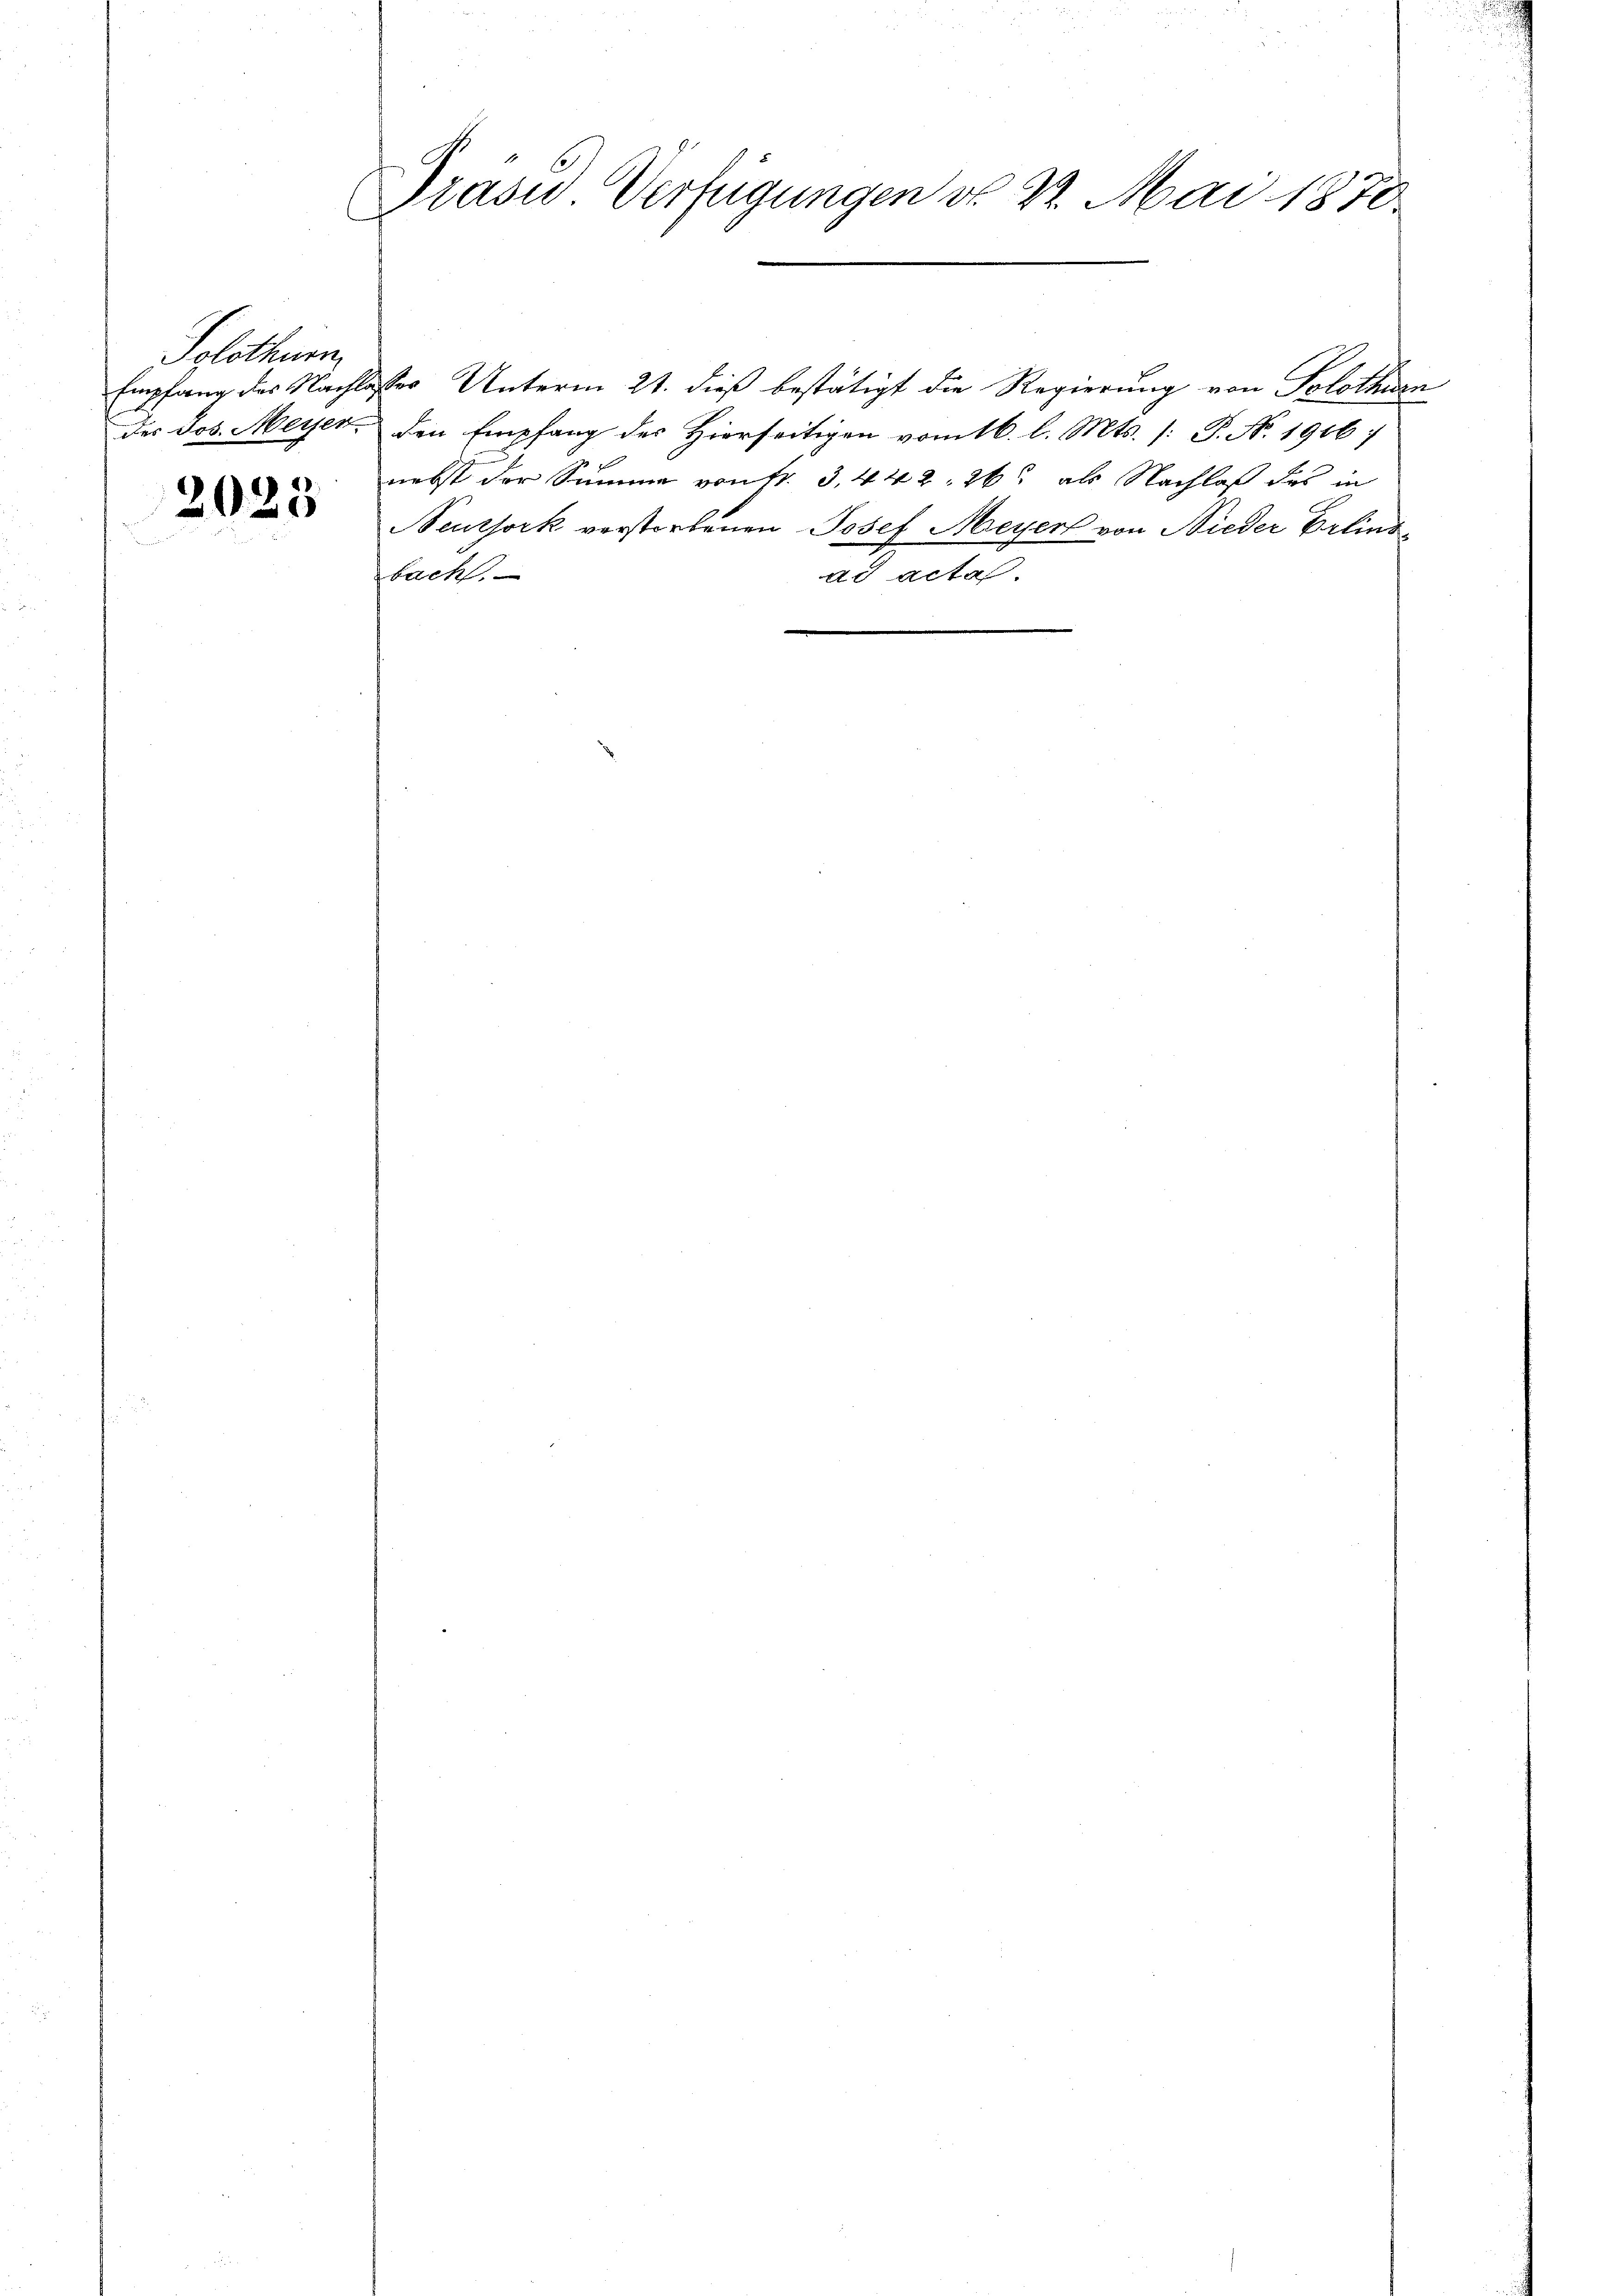
Solothurm
Empfang des Nachla
des Jos. Meyer

2023

Präsid Verfügungen d. 22. Mai 1870.

der Unterm 21. dieß bestätigt die Regierung von Solothurn
den Empfang des Hierseitigen vom 16. l. Mts. [: P. No. 1916:
nebst der Summe von Nr. 3, 442. 26 als Nachlaß des in
Neuthork verstorbenen Josef Meyer von Nieder Erlindad acta.
bacht.

un